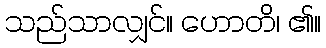
သည်သာလျှင်။ ဟောတိ၊ ၏။